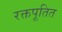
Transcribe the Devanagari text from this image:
रक्तपूतित